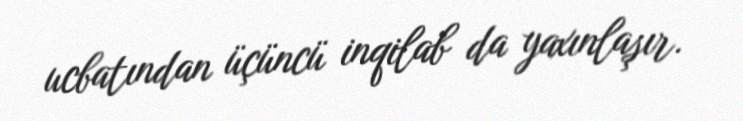
ucbatından üçüncü inqilab da yaxınlaşır.